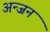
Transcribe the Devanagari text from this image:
अन्जन